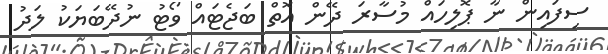
ސިފައިން ނާ ޕޮލިހައް މުސާރަ ދޭން އޮތް ބަޖެޓައް ވޯޓު ނުދޭބަޔަކު ލަދު